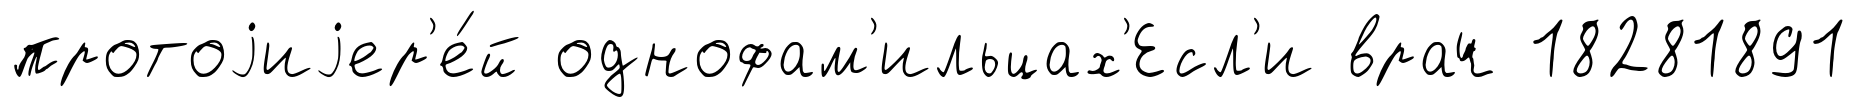
протоjиjер'е́й однофам'ильцах'Есл'и врач 18281891